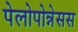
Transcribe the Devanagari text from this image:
पेलोपोन्नेसस